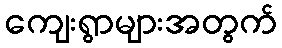
ကျေးရွာများအတွက်